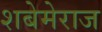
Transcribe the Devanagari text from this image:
शबेमेराज